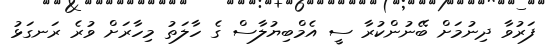
ފަރުވާ ދިނުމަށް ބޭނުންކުރާ ސީ އެމްބިޔުލާސް ގެ ހާލަތު މިހާރަށް ވުރެ ރަނގަޅު